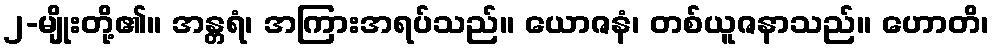
၂-မျိုးတို့၏။ အန္တရံ၊ အကြားအရပ်သည်။ ယောဇနံ၊ တစ်ယူဇနာသည်။ ဟောတိ၊